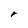
Character: r